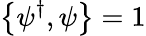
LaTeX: \left\{ \psi^{\dagger},\psi\right\} =1